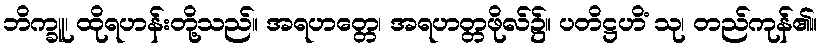
ဘိက္ခူ၊ ထိုရဟန်းတို့သည်။ အရဟတ္တေ၊ အရဟတ္တဖိုလ်၌။ ပတိဋ္ဌဟိံ သု၊ တည်ကုန်၏။